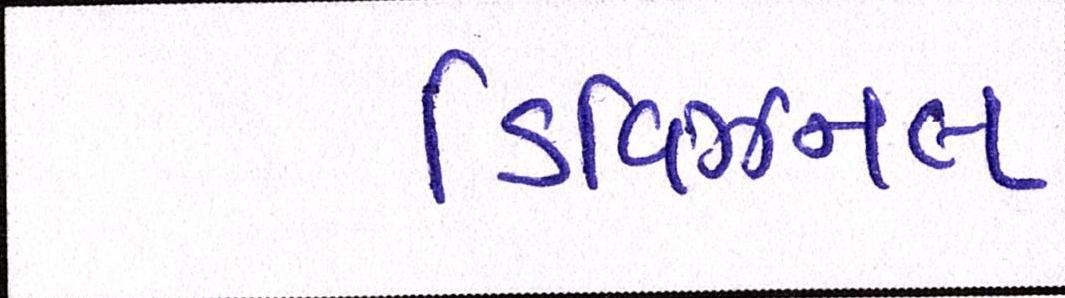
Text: ડિવિઝનલ